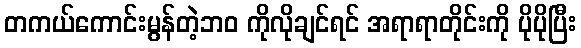
တကယ်ကောင်းမွန်တဲ့ဘဝ ကိုလိုချင်ရင် အရာရာတိုင်းကို ပိုပိုပြီး